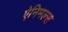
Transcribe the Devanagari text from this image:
ऐनिमल्स